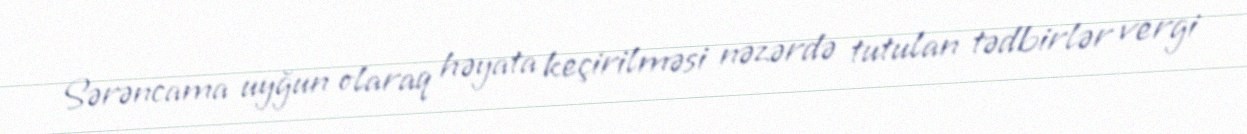
Sərəncama uyğun olaraq həyata keçirilməsi nəzərdə tutulan tədbirlər vergi